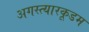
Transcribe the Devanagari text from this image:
अगस्त्यारकूडम